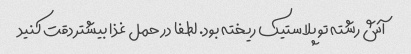
آش رشته تو پلاستیک ریخته بود. لطفا در حمل غذا بیشتر دقت کنید